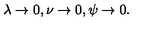
\lambda \rightarrow 0 , \nu \rightarrow 0 , \psi \rightarrow 0 .